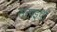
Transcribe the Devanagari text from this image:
सताइवा